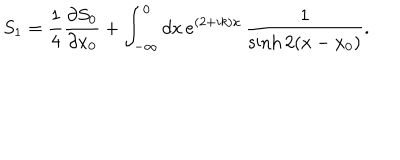
S _ { 1 } = \frac { 1 } { 4 } \frac { \partial S _ { 0 } } { \partial x _ { 0 } } + \int _ { - \infty } ^ { 0 } d x \, e ^ { ( 2 + i k ) x } \, \frac { 1 } { \sinh 2 ( x - x _ { 0 } ) } .